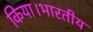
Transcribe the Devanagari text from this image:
किया।भारतीय